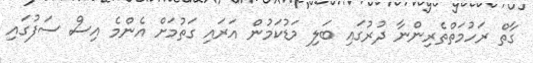
ގާތް ރަހުމަތްތެރިންނާ ދުރުގައި ބަލި މަޑުކަމުން އަރައި ގަތުމަށް އެންމެ އިސް ސަފުގައި